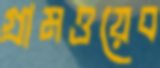
গ্রামওয়েব